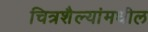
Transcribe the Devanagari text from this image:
चित्रशैल्यांमधील